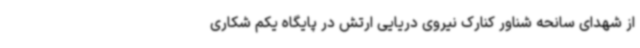
از شهدای سانحه شناور کنارک نیروی دریایی ارتش در پایگاه یکم شکاری